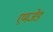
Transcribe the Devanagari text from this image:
एमजेड